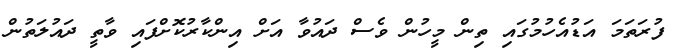
ފުރަތަމަ އަޑުއެހުމުގައި ތިން މީހުން ވެސް ދައުވާ އަށް އިންކާރުކޮށްފައި ވާތީ ދައުލަތުން